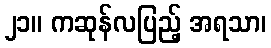
၂၁။ ကဆုန်လပြည့် အရသာ၊